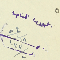
الجمهورية اللبنانية ١٨/١/٥٤ رقم ١٣٣